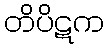
တိပိဋက